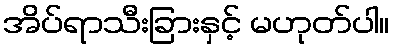
အိပ်ရာသီးခြားနှင့် မဟုတ်ပါ။